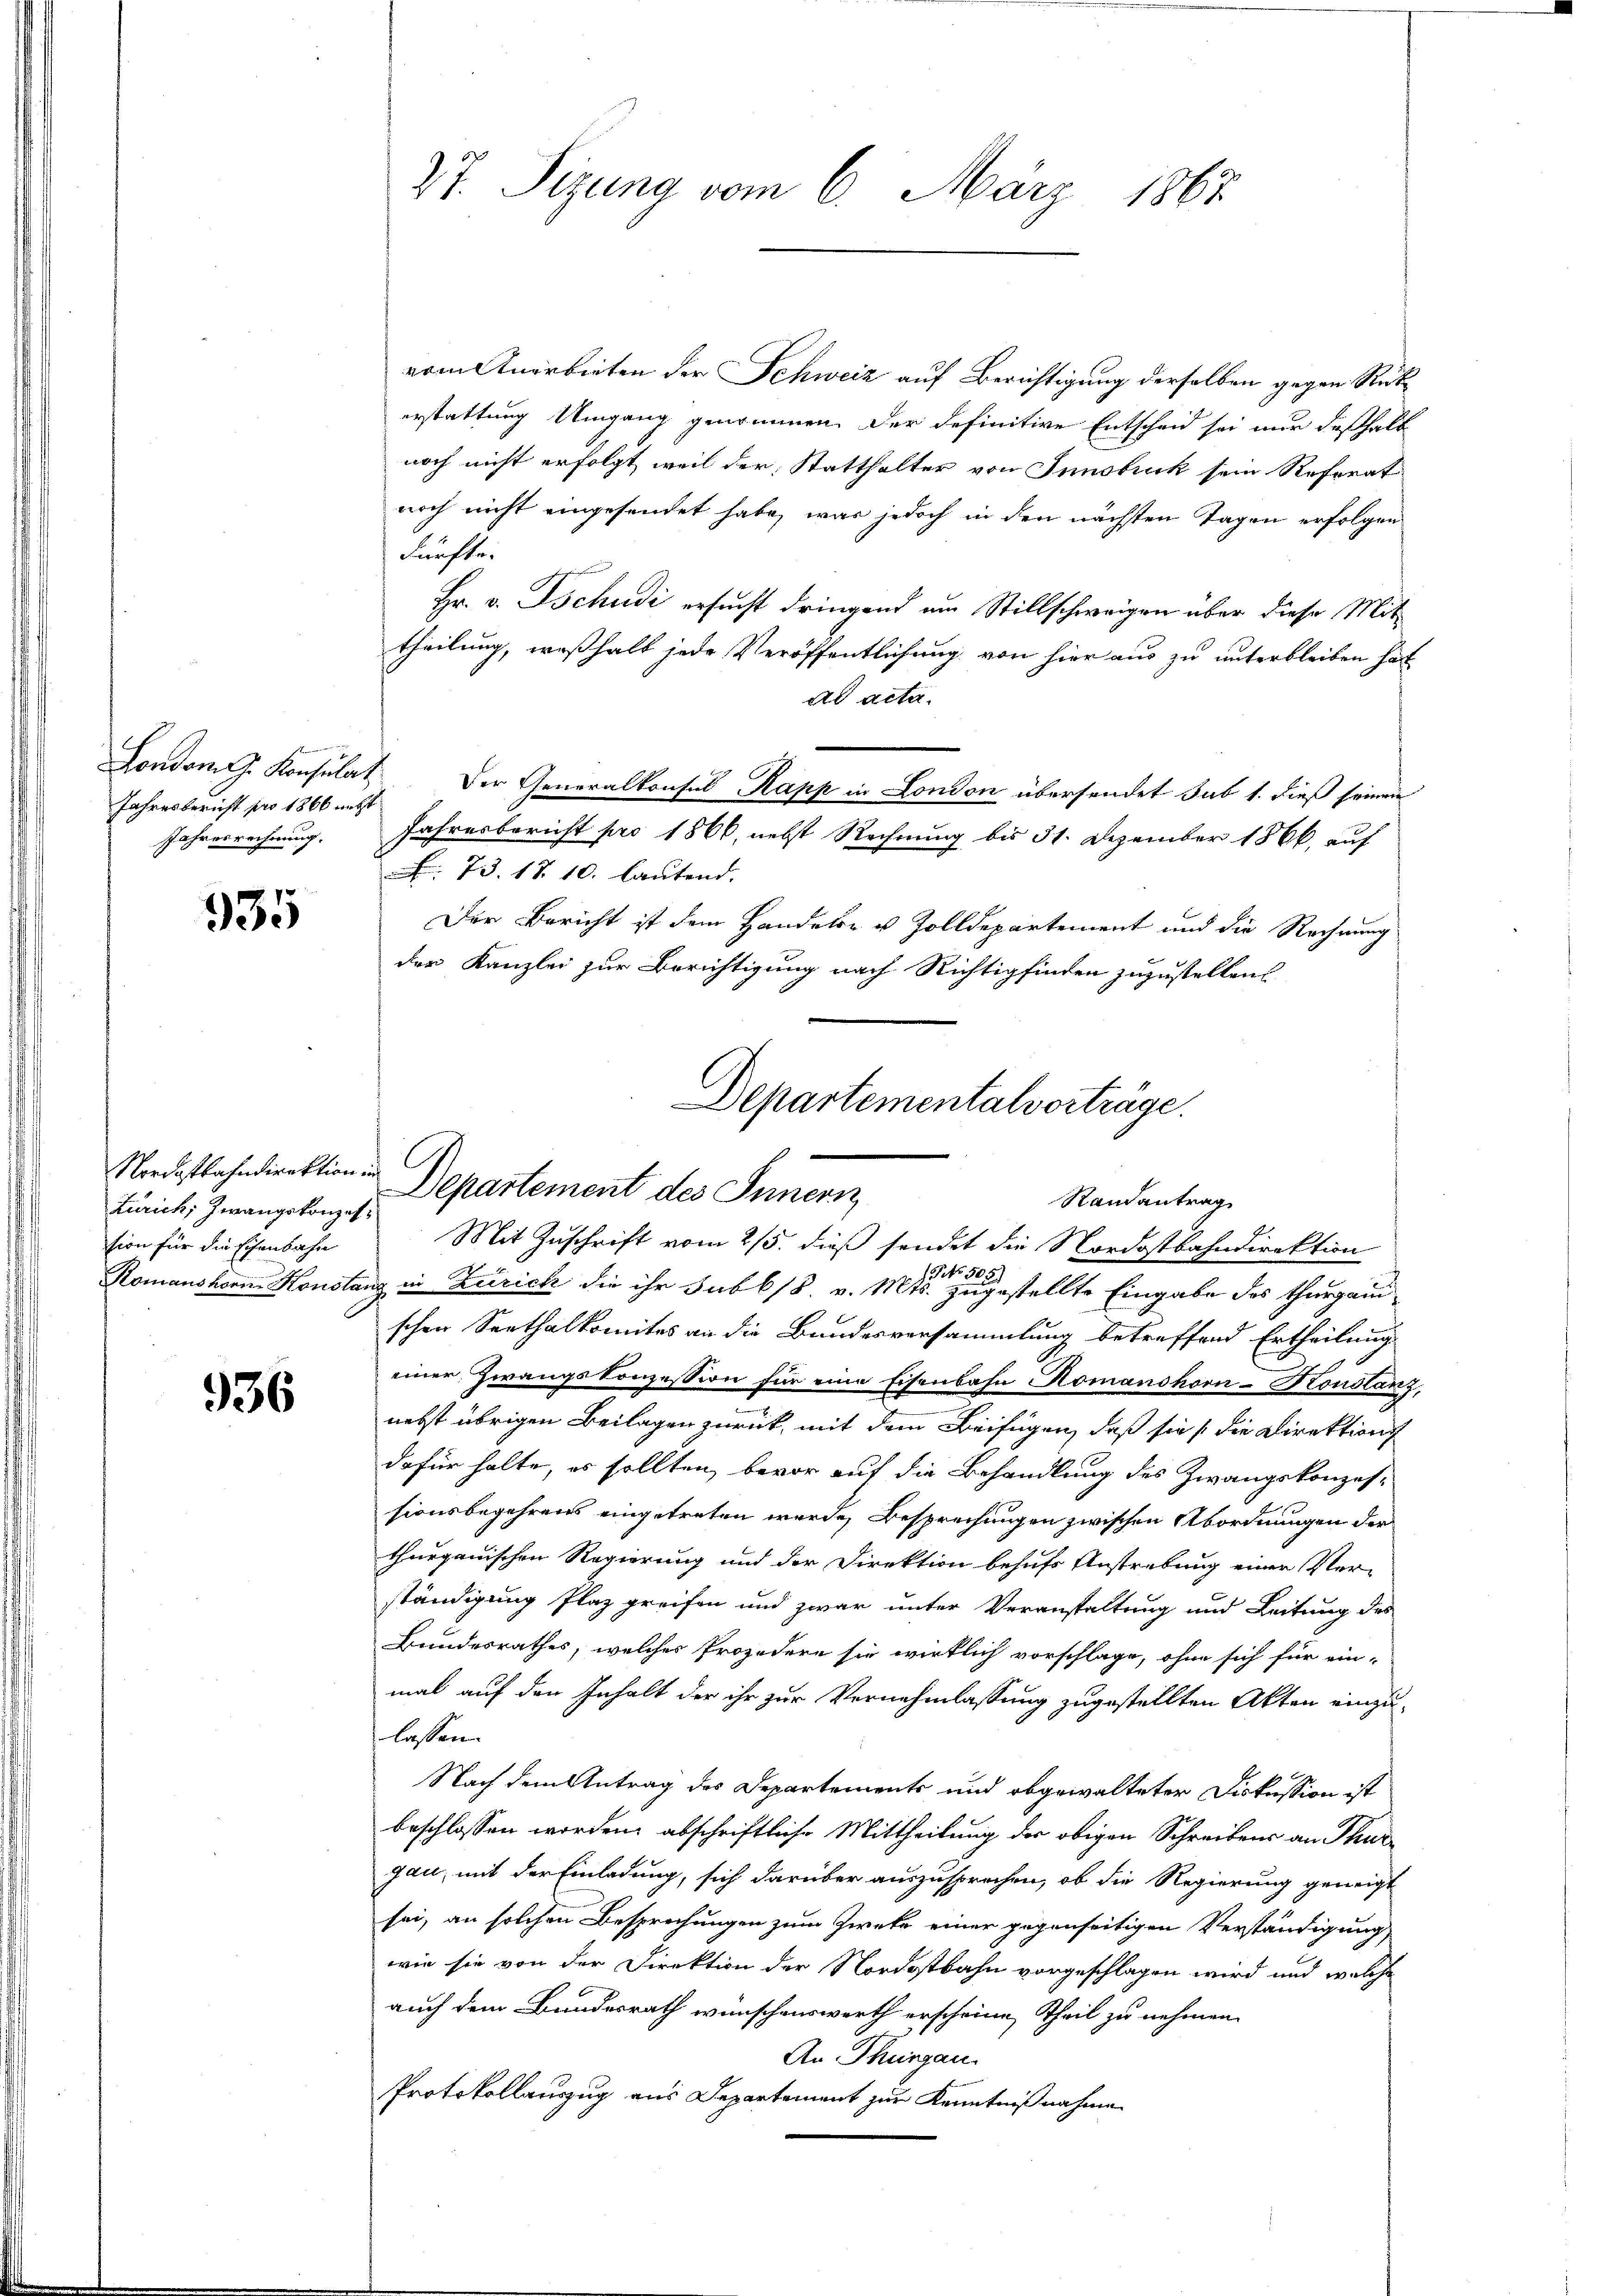
London. G. Konsulat
Jahresbericht pro 1866 netzt
Jahresrechnung.

935

vom Anerbieten der Schweiz auf Berichtigung derselben gegen Rükerstattung Umgang genommen. Der definitive Entscheid sei nur deßhalb
noch nicht erfolgt, weil der Statthalter von Innsbruck sein Reforat
noch nicht eingesendet habe, was jedoch in den nächsten Tagen erfolgen
dürfte.
Hr. v. Tschudi ersucht dringend um Stillschweigen über diese Mittheilung, weßhalb jede Veröffentlichung von hier aus zu unterbleiben hat
ad acta.
Der Generalkonsul Kapp in London übersendet sub 1. dieß seinen
Jahresbericht pro 1866, nebst Rechnung bis 31. Dezember 1866, auf
73. 17. 10. lautend.
Der Bericht ist dem Handels- u Zolldepartement und die Rechnung
der Kanzlei zur Berichtigung nach Richtig finden zuzustellen.

Zürich, Zwangskonzession für die Eisenbahn

336

27. Sizung vom 6. März 1862

Departementalverträge.
Nordostbahndirektion. Departement des Innern
Randantrag
Mit Zuschrift vom 25. dieß sendet die Nordostbahndirektion

Romanshorn Konstanz in Zürich die ihr sub 15. v. Mts. zugestellte Eingabe des Thurgau
schen Seethalkomites an die Bundesversammlung betreffend Ertheilung
einer Zwangskonzession für eine Eisenbahn Romanshorn-Konslanz,
nebst übrigen Beilagen zurück, mit dem Beifügen, daß sie die Direktions
dafür halte, es sollten, bevor auf die Behandlung des Zwangskonzessionsbegehrens eingetreten wurde, Besprechungen zwischen Abordnungen der
thurgauischen Regierung und der Direktion behufs Anstrebung einer Ver-
ständigung Plaz greifen und zwar unter Veranstaltung und Leitung des
Bundesrathes, welches Prozedere sie wirklich vorschlage, ohne sich für ein-
mal auf den Inhalt der ihr zur Vernehmlassung zugestellten Akten einzu-
lassen.
Nach dem Antrag des Departements und abgewalteter Diskussion ist
beschlossen worden, abschriftliche Mittheilung der obigen Schreibens an Thurgau, mit der Einladung, sich darüber auszusprechen, ob die Regierung geneigt
sei, an solchen Besprechungen zum Zweke einer gegenseitigen Verständigung,
wie sie von der Direktion der Nordostbahn vorgeschlagen wird und welche
auch dem Bundesrath wünschenswerth erscheine Theil zu nehmen.
An Thurgau.
Protokollauszug aus Departement zur Kenntnißnahme